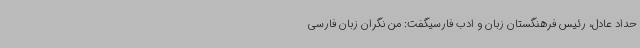
حداد عادل، رئیس فرهنگستان زبان و ادب فارسیگفت: من نگران زبان فارسی